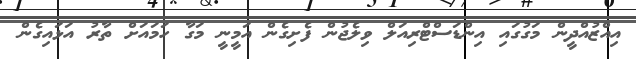
އިއްޒުއްދީން މަގުގައި އިންޑަސްޓްރިއަލް ވިލެޖުން ފެށިގެން އަމީނީ މަގާ ހަމައަށް ތާރު އަޅައިގެން